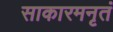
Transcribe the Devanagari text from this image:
साकारमनृतं